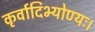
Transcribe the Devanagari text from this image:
कृर्वादिभ्योण्यः।